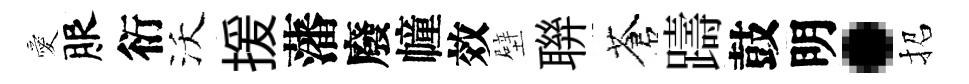
愛服衍沃援藩廢幢效壁聨蒼躊鼓明·招